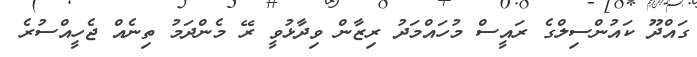
ގައްދޫ ކައުންސިލްގެ ރައީސް މުހައްމަދު ރިޒާން ވިދާޅުވީ ރޭ މެންދަމު ތިނެއް ޖެހީއްސުރެ